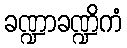
ခဏ္ဍာခဏ္ဍိကံ